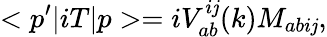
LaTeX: <p^{\prime}|iT|p>=iV_{ab}^{i\mathit{j}}(k)M_{abi\mathit{j}},